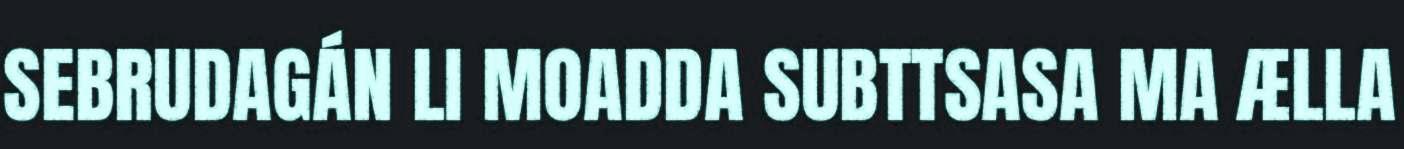
SEBRUDAGÁN LI MOADDA SUBTTSASA MA ÆLLA